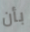
بأن